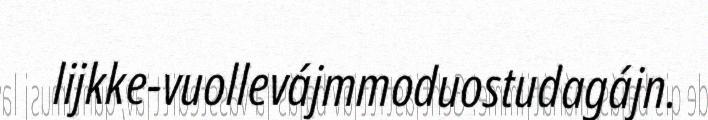
lijkke-vuollevájmmoduostudagájn.